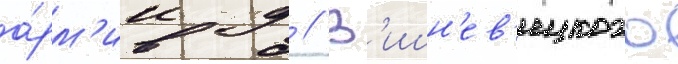
а́рм'ии д // В'ишн'ев'ецкого